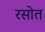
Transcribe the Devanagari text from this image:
रसोत